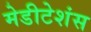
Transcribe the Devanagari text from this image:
मेडीटेशंस